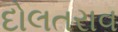
દોલતરાવ